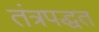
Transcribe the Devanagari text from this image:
तंत्रपद्धत